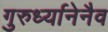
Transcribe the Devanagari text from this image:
गुरुर्ध्यानेनैव